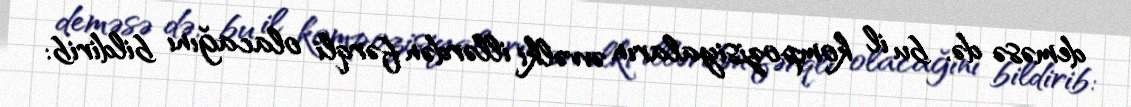
deməsə də, bu il kompozisiyaların əvvəlki illərdən fərqli olacağını bildirib: